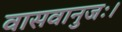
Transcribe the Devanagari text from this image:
वासवानुजः।